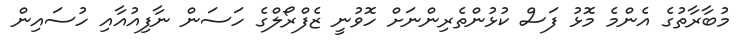
މުބާރާތުގެ އެންމެ މޮޅު ފަސް ކުޅުންތެރިންނަށް ހޮވުނީ ޒެފްރޯލްގެ ހަސަން ނާފިއުއާއި ހުސައިން